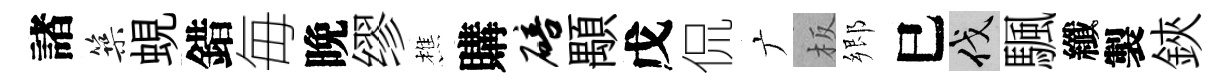
諸築蜆錯毎晚缪樵購碚顒戊侃广板郷巳伐颿纖製鋏